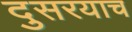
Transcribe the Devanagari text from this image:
दुसरयाच